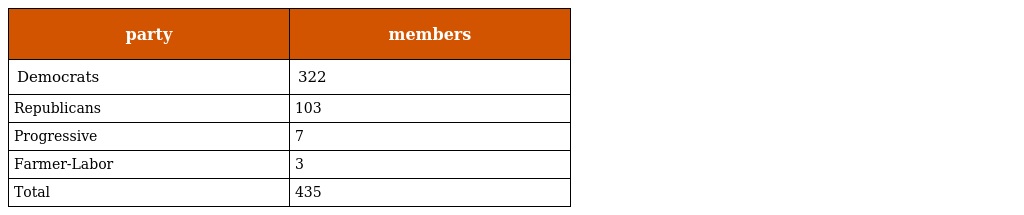
| party | members |
 | --- | --- |
 | Democrats | 322 |
 | Republicans | 103 |
 | Progressive | 7 |
 | Farmer-Labor | 3 |
 | Total | 435 |